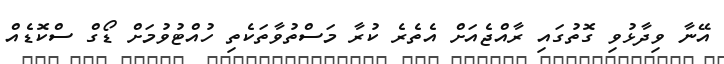
އޭނާ ވިދާޅުވި ގޮތުގައި ރާއްޖެއަށް އެތެރެ ކުރާ މަސްތުވާތަކެތި ހުއްޓުވުމަށް ޑޯގް ސްކޮޑެއް